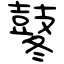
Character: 鼕